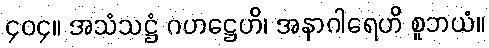
၄၀၄။ အသံသဋ္ဌံ ဂဟဋ္ဌေဟိ၊ အနာဂါရေဟိ စူဘယံ။